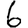
Digit: 6